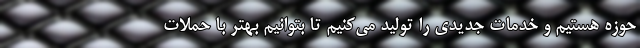
حوزه هستیم و خدمات جدیدی را تولید می‌کنیم تا بتوانیم بهتر با حملات